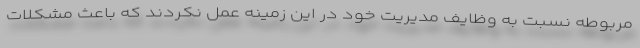
مربوطه نسبت به وظایف مدیریت خود در این زمینه عمل نکردند که باعث مشکلات